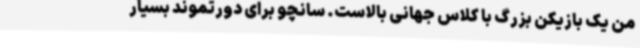
من یک بازیکن بزرگ با کلاس جهانی بالاست. سانچو برای دورتموند بسیار